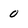
Character: 0